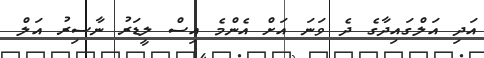
އަދި އަލްގައިދާގެ ދެ ވަނަ އަށް އެންމެ އިސް ލީޑަރު ނާސިރު އަލް